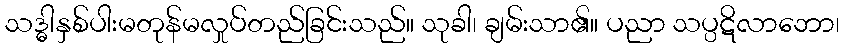
သဒ္ဓါနှစ်ပါးမတုန်မလှုပ်တည်ခြင်းသည်။ သုခါ၊ ချမ်းသာ၏။ ပညာ သပ္ပဋိလာဘော၊